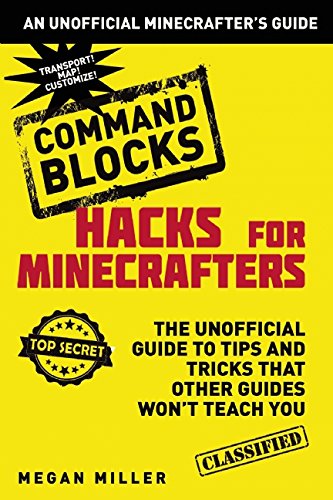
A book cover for Hacks for Minecrafters: Command Blocks: The Unofficial Guide to Tips and Tricks That Other Guides Won't Teach You; Megan Miller; Humor & Entertainment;